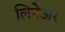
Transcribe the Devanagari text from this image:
लिनेअर